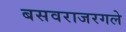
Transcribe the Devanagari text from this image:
बसवराजरगले